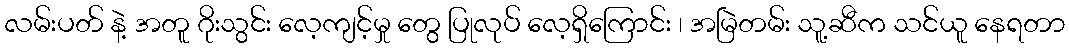
လမ်းပတ် နဲ့ အတူ ဂိုးသွင်း လေ့ကျင့်မှု တွေ ပြုလုပ် လေ့ရှိကြောင်း ၊ အမြဲတမ်း သူ့ဆီက သင်ယူ နေရတာ